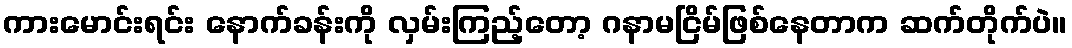
ကားမောင်းရင်း နောက်ခန်းကို လှမ်းကြည့်တော့ ဂနာမငြိမ်ဖြစ်နေတာက ဆက်တိုက်ပဲ။